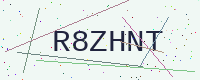
Text: R8ZHNT